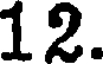
12.